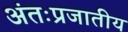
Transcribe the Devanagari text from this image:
अंतःप्रजातीय